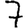
Digit: 7